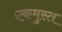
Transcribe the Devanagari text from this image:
एकमुस्त